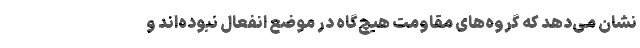
نشان می‌دهد که گروه‌های مقاومت هیچ‌گاه در موضع انفعال نبوده‌اند و